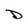
Character: D